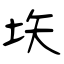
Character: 垁